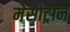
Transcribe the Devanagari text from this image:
मेसोट्रान